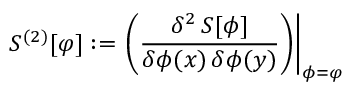
S ^ { ( 2 ) } [ \varphi ] : = \left. \left( { \frac { \delta ^ { 2 } \, S [ \phi ] } { \delta \phi ( x ) \, \delta \phi ( y ) } } \right) \right| _ { \phi = \varphi }